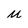
Character: m